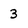
Character: 3